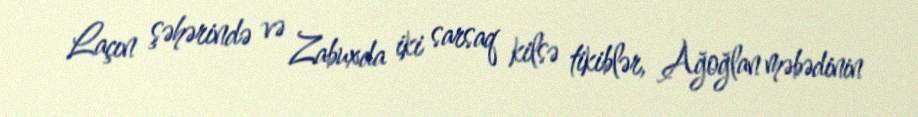
Laçın şəhərində və Zabuxda iki sarsaq kilsə tikiblər, Ağoğlan məbədinin